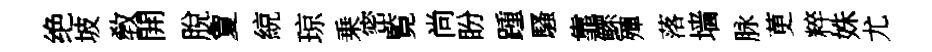
绝坡敎開脫夐綂琼乗密覧尚盼踵騷靠鰥殫落墙脉茰粹姝尤